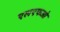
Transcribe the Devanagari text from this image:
एलएफओ